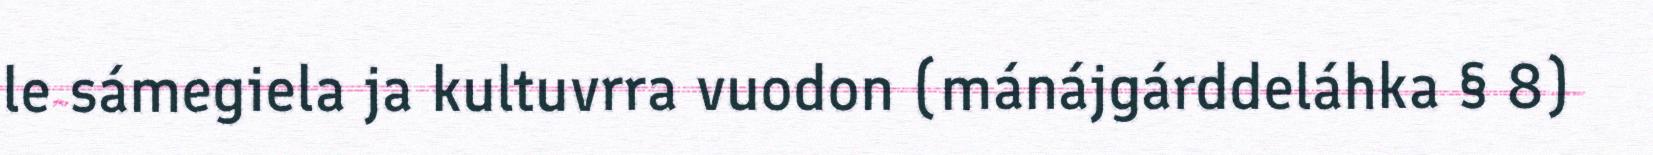
le sámegiela ja kultuvrra vuodon (mánájgárddeláhka § 8)